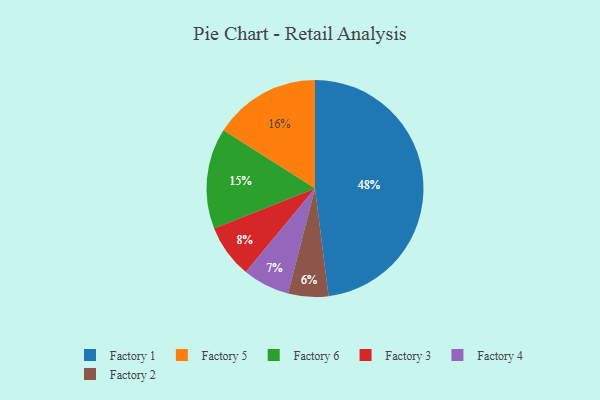
{"axis": {"x": "Category", "y": "Percentage"}, "legend": ["Factory 1", "Factory 2", "Factory 3", "Factory 4", "Factory 5", "Factory 6"], "data": [{"x": "Factory 6", "y": 15, "type": "Factory 6"}, {"x": "Factory 2", "y": 6, "type": "Factory 2"}, {"x": "Factory 4", "y": 7, "type": "Factory 4"}, {"x": "Factory 3", "y": 8, "type": "Factory 3"}, {"x": "Factory 5", "y": 16, "type": "Factory 5"}, {"x": "Factory 1", "y": 48, "type": "Factory 1"}]}